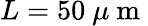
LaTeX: L=50~\mu\mathrm{~m~}